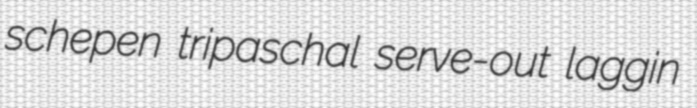
schepen tripaschal serve-out laggin